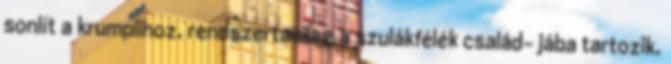
sonlít a krumplihoz, rendszertanilag a szulákfélék család- jába tartozik.